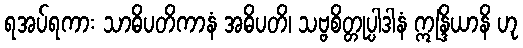
ရအပ်ရကား သာဓိပတိကာနံ အဓိပတိ၊ သဗ္ဗစိတ္တုပ္ပါဒါနံ ဣန္ဒြိယာနိ ဟု